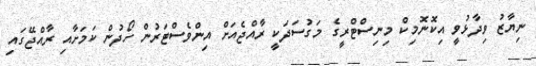
ނިޔާޒު ވިދާޅުވީ އިކޮނޮމިކް މިނިސްޓްރީގެ މަގުސަދަކީ ރާއްޖެއަށް އިންވެސްޓަރުން ހޯދުން ކަމަށާއި ރާއްޖޭގައި